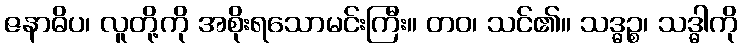
ဇနာဓိပ၊ လူတို့ကို အစိုးရသောမင်းကြီး။ တဝ၊ သင်၏။ သဒ္ဓဉ္စ၊ သဒ္ဓါကို